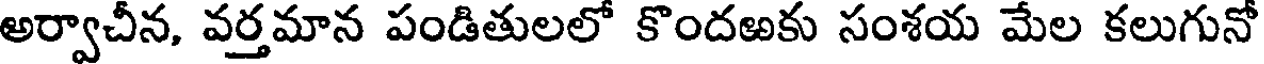
అర్వాచీన, వర్తమాన పండితులలో కొందఱకు సంశయ మేల కలుగునో